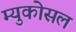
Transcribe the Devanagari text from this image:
म्युकोसल